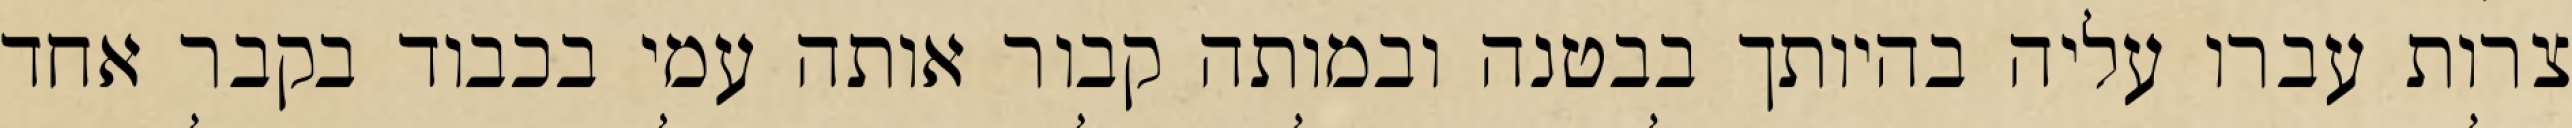
צרות עברו עליה בהיותך בבטנה ובמותה קבור אותה עמי בכבוד בקבר אחד